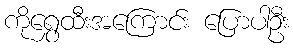
ကိုရွှေထီးအကြောင်း ပြောပါဦး